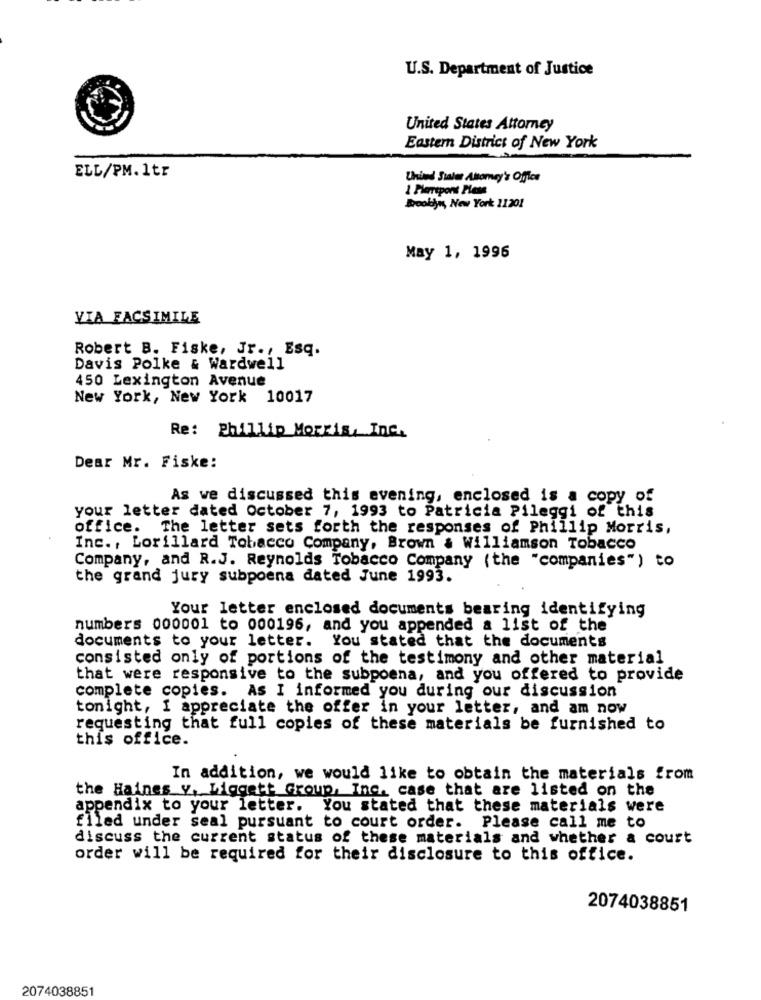
U.S. Department of Justice
United States Attorney
Eastern District of New York
ELL/PM. 1tr
Uhind Stater Attorney's Office
1 Pierrepont Pless
Brooklyn, New York 11201
May 1, 1996
VIA FACSIMILE
Robert B. Fiske, Jr ., Esq.
Davis Polke & Wardwell
450 Lexington Avenue
New York, New York 10017
Re: Phillip Morris, Inc.
Dear Mr. Fiske:
As we discussed this evening, enclosed is a copy of
your letter dated October 7, 1993 to Patricia Pileggi of this
office. The letter sets forth the responses of Phillip Morris,
Inc ., Lorillard Tobacco Company, Brown & Williamson Tobacco
Company, and R.J. Reynolds Tobacco Company (the "companies") to
the grand jury subpoena dated June 1993.
Your letter enclosed documents bearing identifying
numbers 000001 to 000196, and you appended a list of the
documents to your letter. You stated that the documents
consisted only of portions of the testimony and other material
that were responsive to the subpoena, and you offered to provide
complete copies. As I informed you during our discussion
tonight, I appreciate the offer in your letter, and am now
requesting that full copies of these materials be furnished to
this office.
In addition, we would like to obtain the materials from
the Haines v, Liggett Group, Inc. case that are listed on the
appendix to your letter. You stated that these materials were
filed under seal pursuant to court order. Please call me to
discuss the current status of these materials and whether a court
order will be required for their disclosure to this office.
2074038851
2074038851